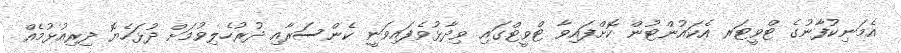
އެމަނިކުފާނުގެ ޓްވީޓަރ އެކައުންޓުން ކޮށްފައިވާ ޓްވީޓްގައި ވިދާޅުވެފައިވަނީ ކެންސަރާއި ދުރުހެލިވުމަށް ދުޅަހެޔޮ ދިރިއުޅުމެއް